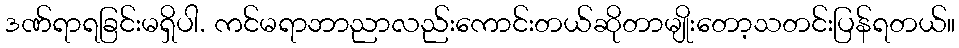
ဒဏ်ရာရခြင်းမရှိပါ. ကင်မရာဘာညာလည်းကောင်းတယ်ဆိုတာမျိုးတော့သတင်းပြန်ရတယ်။